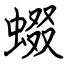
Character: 蝃